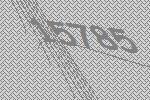
15785